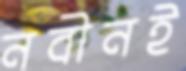
নবীনই